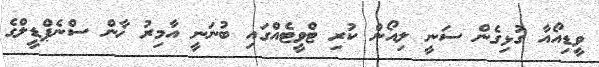
ވީޑިއޯއާ ގުޅިގެން ސަނީ ލިއޯން ކުރި ޓްވީޓެއްގައި ބުނަނީ އާމިރު ޚާން ސްނެޕްޑީލްގެ